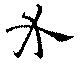
介